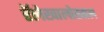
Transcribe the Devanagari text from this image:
रॅलेखालोखाल